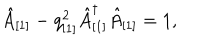
\hat { A } _ { [ 1 ] } - q _ { [ 1 ] } ^ { 2 } \hat { A } _ { [ 1 ] } ^ { \dagger } \hat { A } _ { [ 1 ] } = 1 ,